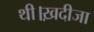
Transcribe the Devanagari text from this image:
थी।ख़दीजा